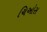
ચિઓસ